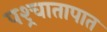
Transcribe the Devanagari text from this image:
पश्र्चातापात